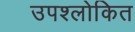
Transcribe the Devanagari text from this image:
उपश्लोकित